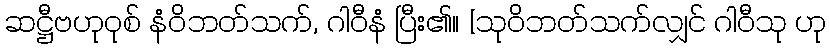
ဆဋ္ဌီဗဟုဝုစ် နံဝိဘတ်သက်, ဂါဝီနံ ပြီး၏။ [သုဝိဘတ်သက်လျှင် ဂါဝီသု ဟု